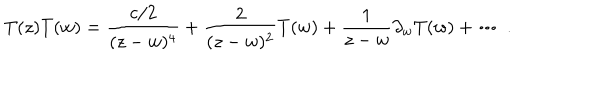
T ( z ) T ( w ) = \frac { { c } / { 2 } } { ( z - w ) ^ { 4 } } + \frac { 2 } { ( z - w ) ^ { 2 } } T ( w ) + \frac { 1 } { z - w } \partial _ { w } T ( w ) + \cdots ~ .